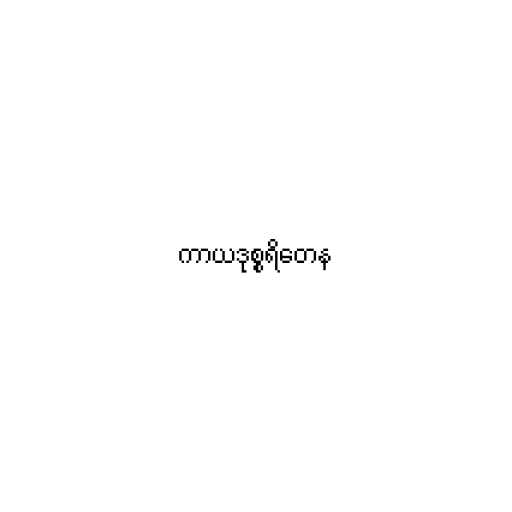
ကာယဒုစ္စရိတေန